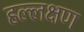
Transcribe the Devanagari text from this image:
हल्लक्षण